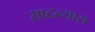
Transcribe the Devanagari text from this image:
साठल्यास